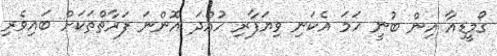
ގޯމީޑިއާ އިން ބުނީ ހަމަ އެކަނި ވިޔަފާރި ހުއްދަ އޮންނަ ފަރާތްތަކަށް ބައިވެރި